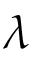
\lambda